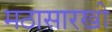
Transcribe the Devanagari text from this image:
मठासारखी